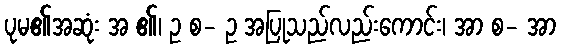
ပုမ၏အဆုံး အ ၏၊ ဥ စ- ဥ အပြုသည်လည်းကောင်း၊ အာ စ- အာ